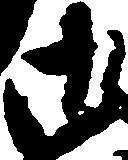
御